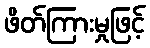
ဖိတ်ကြားမှုဖြင့်